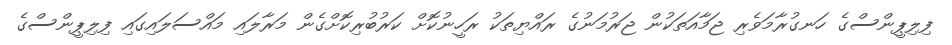
ފިލިޕީންސްގެ ހަނގުރާމަވެރި ޖަމާއަތަކުން ޖަރުމަނުގެ ރައްޔިތަކު ރަހީނުކޮށް ކަރުބުރިކޮށްގެން މަރާލައި މައްސަލައިގައި ފިލިޕީންސްގެ